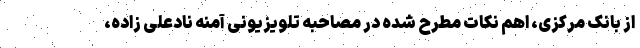
از بانک مرکزی، اهم نکات مطرح شده در مصاحبه تلویزیونی آمنه نادعلی زاده،